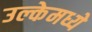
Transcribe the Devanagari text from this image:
उल्केमध्ये